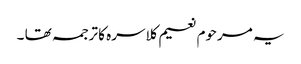
یہ مرحوم نعیم کلاسرہ کا ترجمہ تھا ۔